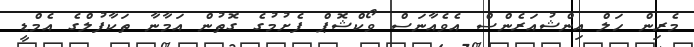
މެރިން ހަލް އިންޝުއަރެންސް އެވެއާނަސް ވޯކްޝޮޕް ފެށުމުގެ ގޮތުން އަމާނާ ތަކާފުލްގެ އެމްޑީ